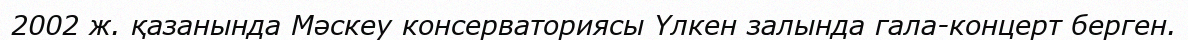
2002 ж. қазанында Мәскеу консерваториясы Үлкен залында гала-концерт берген.